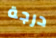
درجة